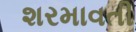
શરમાવતી